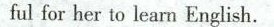
fulfor her to learn English.